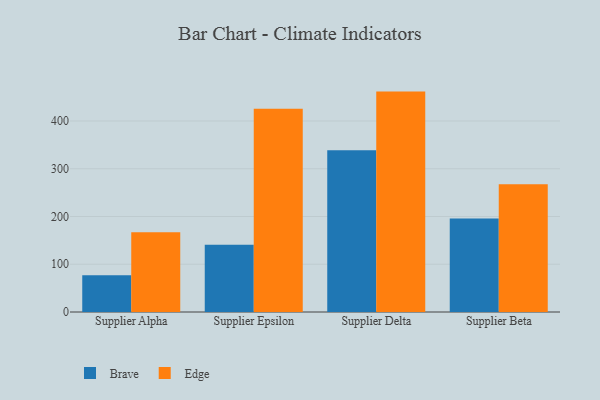
{"axis": {"x": "Supplier", "y": "Page Views"}, "legend": ["Brave", "Edge"], "data": [{"x": "Supplier Alpha", "y": 77.1, "type": "Brave"}, {"x": "Supplier Alpha", "y": 167.0, "type": "Edge"}, {"x": "Supplier Epsilon", "y": 140.8, "type": "Brave"}, {"x": "Supplier Epsilon", "y": 425.7, "type": "Edge"}, {"x": "Supplier Delta", "y": 339.0, "type": "Brave"}, {"x": "Supplier Delta", "y": 461.6, "type": "Edge"}, {"x": "Supplier Beta", "y": 195.6, "type": "Brave"}, {"x": "Supplier Beta", "y": 267.7, "type": "Edge"}]}